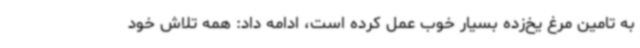
به تامین مرغ یخ‌زده بسیار خوب عمل کرده است، ادامه داد: همه تلاش خود